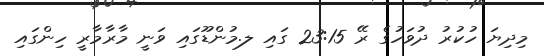
މިދިޔަ ހުކުރު ދުވަހުގެ ރޭ 23:15 ގައި ލ.މުންޑޫގައި ވަނީ މާރާމާރީ ހިންގައި